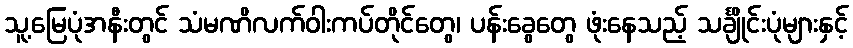
သူ့မြေပုံအနီးတွင် သံမဏိလက်ဝါးကပ်တိုင်တွေ၊ ပန်းခွေတွေ ဖုံးနေသည့် သင်္ချိုင်းပုံများနှင့်